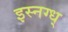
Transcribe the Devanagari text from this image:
इस्नग्ध्